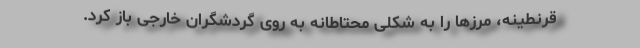
قرنطینه، مرزها را به شکلی محتاطانه به روی گردشگران خارجی باز کرد.